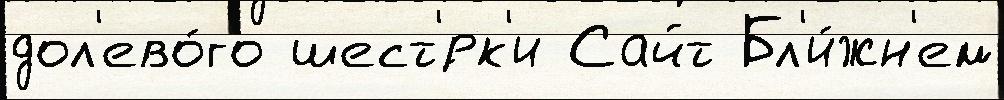
дол'ево́го шест'́рк'и Сайт Бл'и́жн'ем